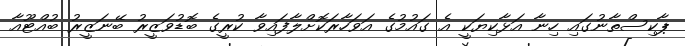
ޕާކިސްތާނުގައި ހިނާ އަޅާކިޔަކީ އެ ގައުމުގެ އަވަހާރަކޮށްލާފައިވާ ކުރީގެ ބޮޑުވަޒީރު ބޭނަޒީރު ބުއްޓޫއާ